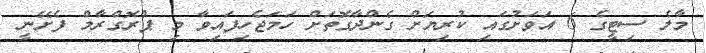
މާލެ ސިޓީގެ 6 އަވަށުގައި ކުރިޔަށް ގެންދާގޮތަށް ހަމަޖެހިފައިވާ މި ޕްރޮގްރާމް ފެށޭނީ